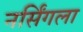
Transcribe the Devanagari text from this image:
नर्सिंगला